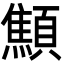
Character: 顦